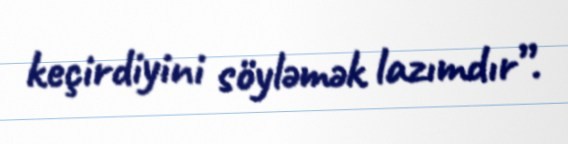
keçirdiyini söyləmək lazımdır”.